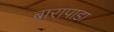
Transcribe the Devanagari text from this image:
बारापाडा